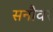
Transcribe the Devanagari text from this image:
सनौवर